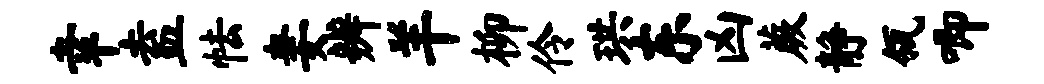
幸盍怯妻辨羊柳伶珙东凶蕨静瓴唧